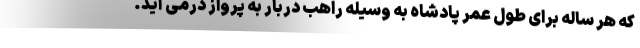
که هر ساله برای طول عمر پادشاه به وسیله راهب دربار به پرواز درمی آید.